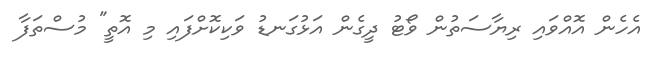
އެހެން އޮއްވައި ރިޔާސަތުން ވޯޓު ދީގެން އަޅުގަނޑު ވަކިކޮށްފައި މި އޮތީ" މުސްތަފާ